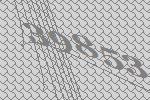
39853